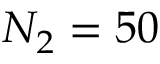
N _ { 2 } = 5 0